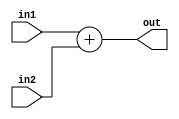
`timescale 1ns / 1ps
//////////////////////////////////////////////////////////////////////////////////
// Company: 
// Engineer: 
// 
// Design Name: 
// Module Name: adder
// Project Name: 
// Target Devices: 
// Tool Versions: 
// Description: 
// 
// Dependencies: 
// 
// Revision:
// Revision 0.01 - File Created
// Additional Comments:
// 
//////////////////////////////////////////////////////////////////////////////////


module adder(
   input [31:0] in1,
   input [31:0] in2,
   output [31:0] out
    );
    
   assign out=in1+in2;
endmodule